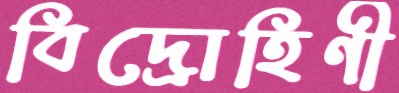
বিদ্রোহিণী